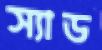
স্যাড